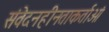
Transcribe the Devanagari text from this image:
संवेदनहीनताकर्ताओं